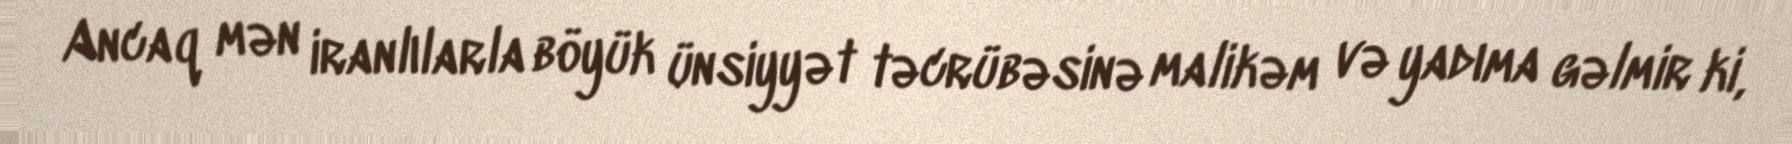
Ancaq mən iranlılarla böyük ünsiyyət təcrübəsinə malikəm və yadıma gəlmir ki,